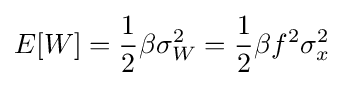
E[W]={\frac {1}{2}}\beta \sigma _{W}^{2}={\frac {1}{2}}\beta f^{2}\sigma _{x}^{2}